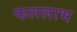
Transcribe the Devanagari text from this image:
फललाभ